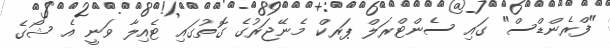
"ފްރެންޑްސް" ގައި ސެންޓްރަލް ޕަރކް މެނޭޖަރުގެ ގޮތުގައި ޓެއިލާ ވަނީ އެ ޝޯގެ